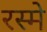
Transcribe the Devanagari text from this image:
रस्मे